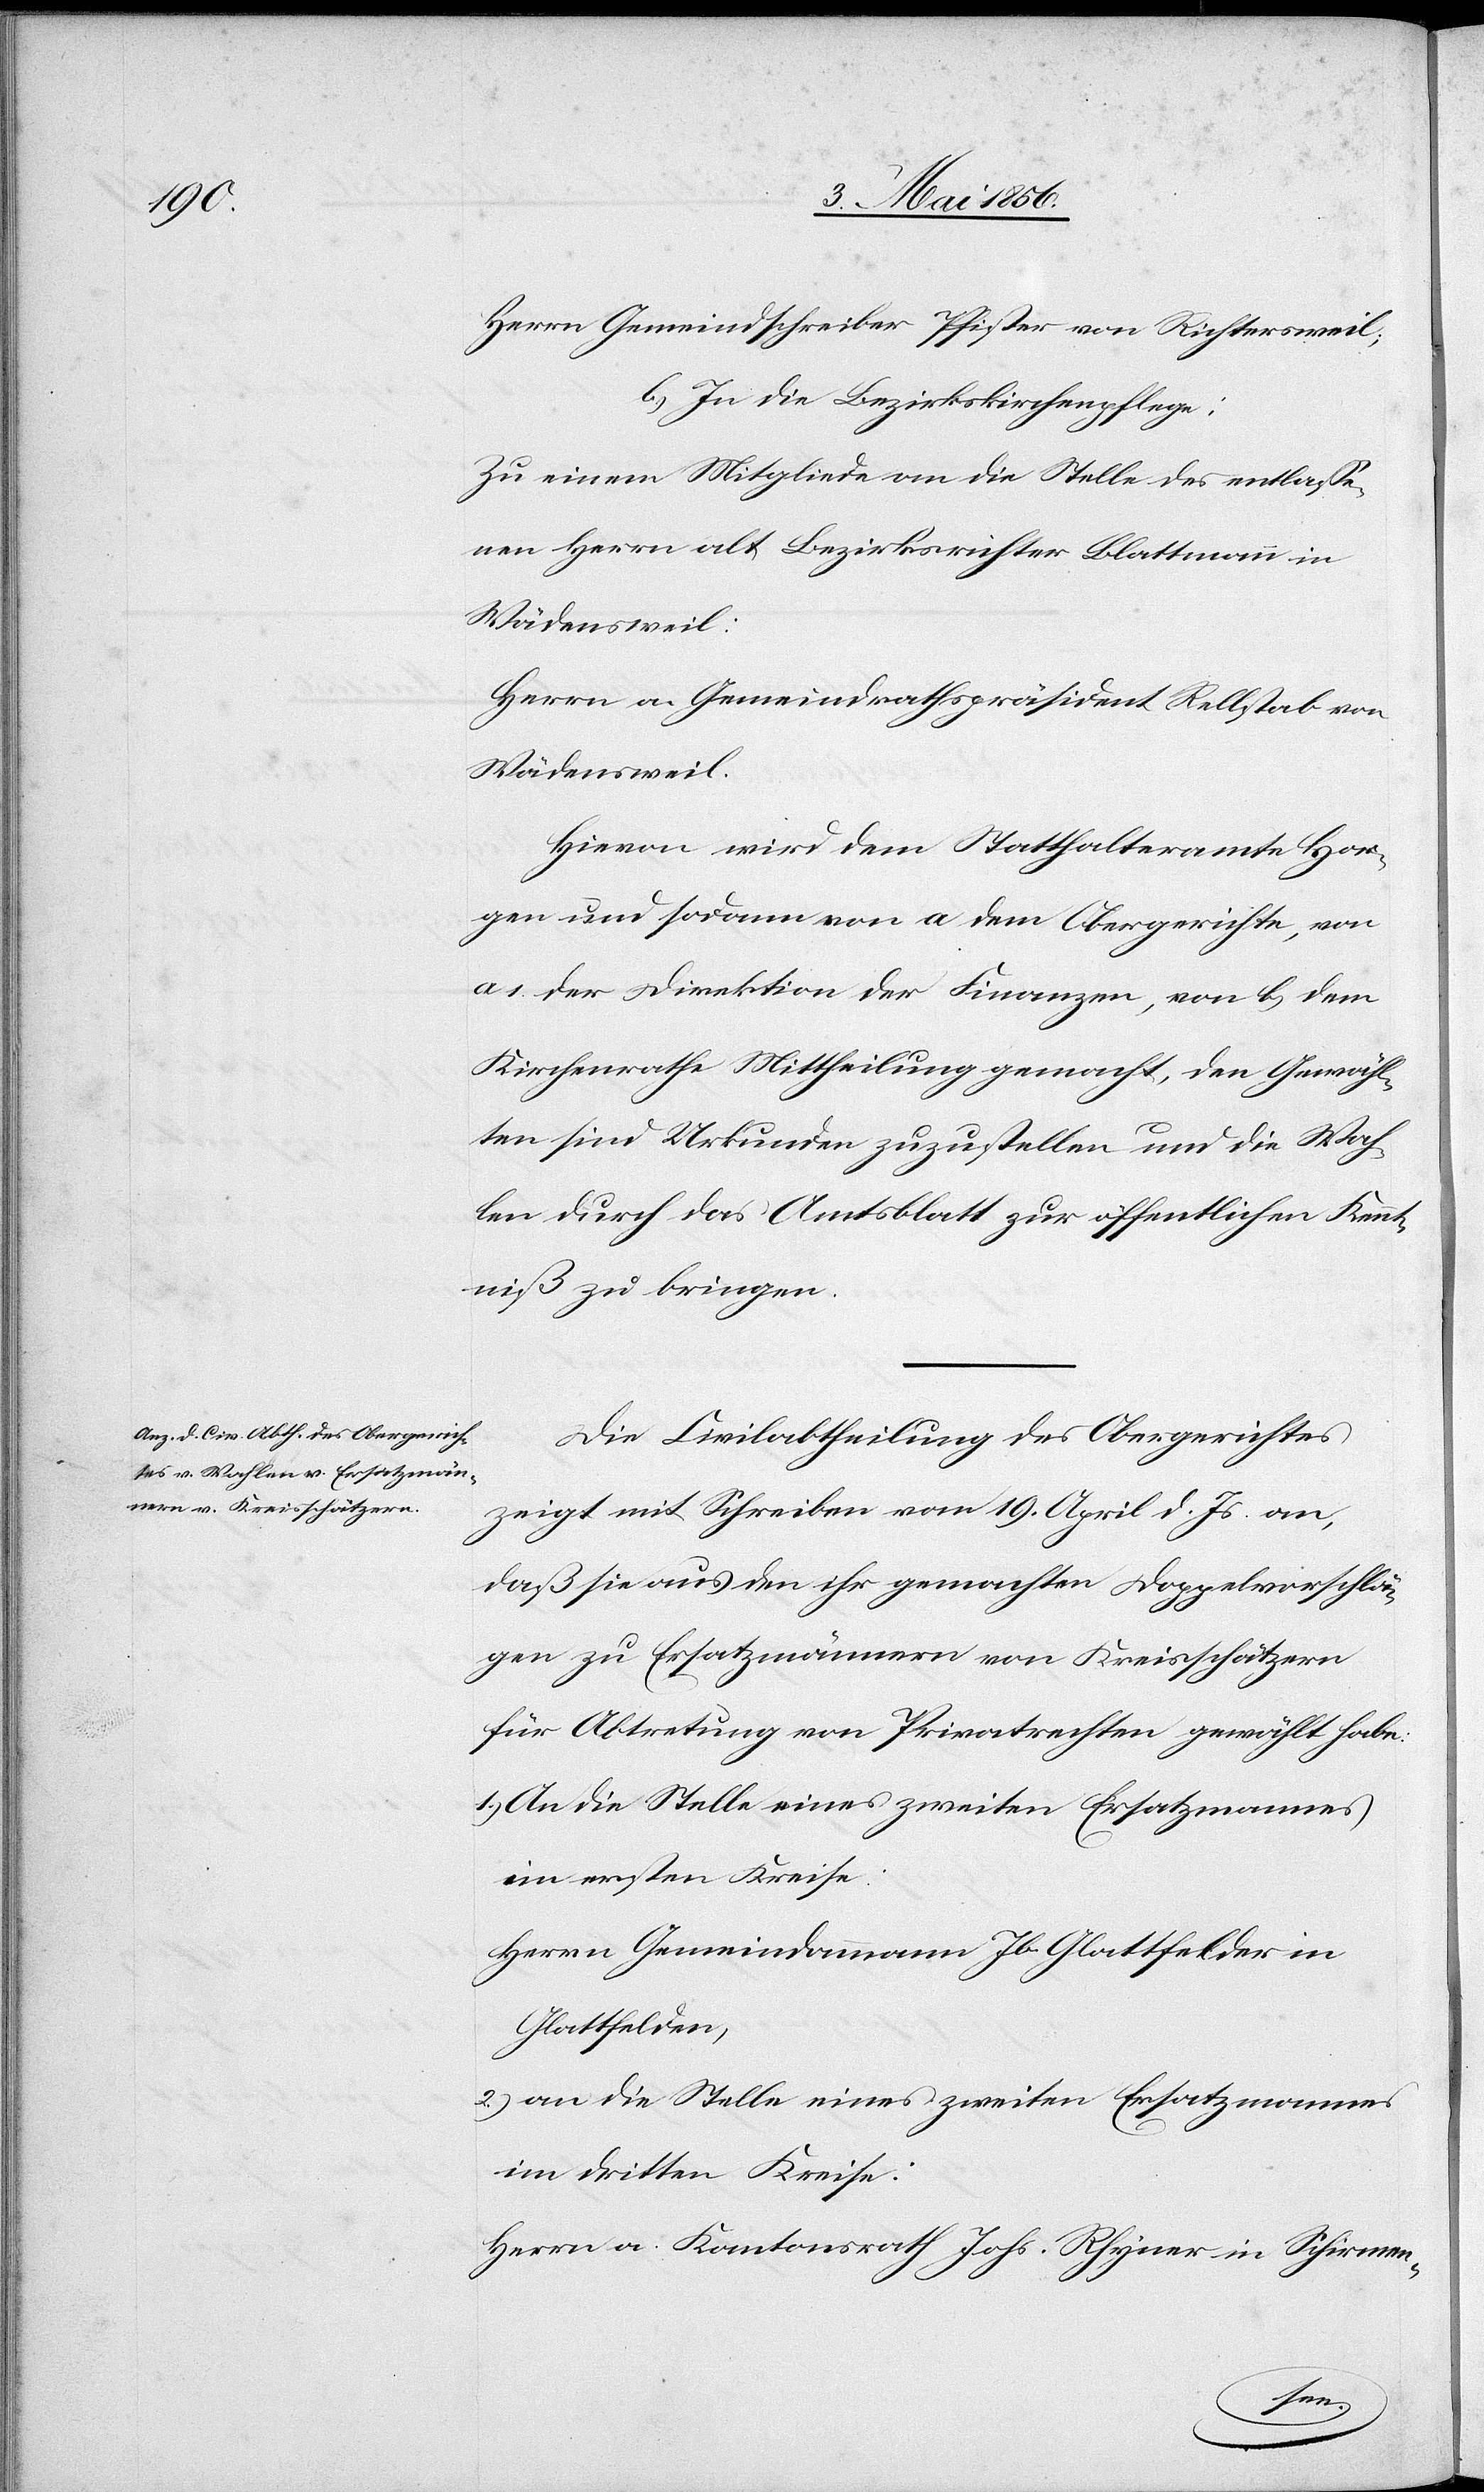
Herrn Gemeindschreiber Pfister von Richtersweil;
b.) In die Bezirkskirchenpflege:
Zu einem Mitgliede an die Stelle des entlasse¬
nen Herrn alt Bezirksrichter Blattmann in
Wädensweil:
Herrn a. Gemeindrathspräsident Rellstab von
Wädensweil.
Hievon wird dem Statthalteramte Hor¬
gen und sodann von a dem Obergerichte, von
a 1 der Direktion der Finanzen , von b, dem
Kirchenrathe Mittheilung gemacht, den Gewähl¬
ten sind Urkunden zuzustellen und die Wah¬
len durch das Amtsblatt zur öffentlichen Kennt¬
niß zu bringen.
Die Civilabtheilung des Obergerichtes
zeigt mit Schreiben vom 19. April d. Js. an,
daß sie aus den ihr gemachten Doppelvorschlä¬
gen zu Ersatzmännern von Kreisschätzern
für Abtretung von Privatrechten gewählt habe:
1.) An die Stelle eines zweiten Ersatzmannes
im ersten Kreise:
Herrn Gemeindammann Jb. Glattfelder in
Glattfelden,
2.) an die Stelle eines zweiten Ersatzmannes
im dritten Kreise:
Herrn a. Kantonsrath Johs. Rhyner in Schirmen-